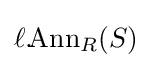
\ell .\!\mathrm {Ann} _{R}(S)